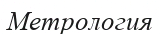
Метрология